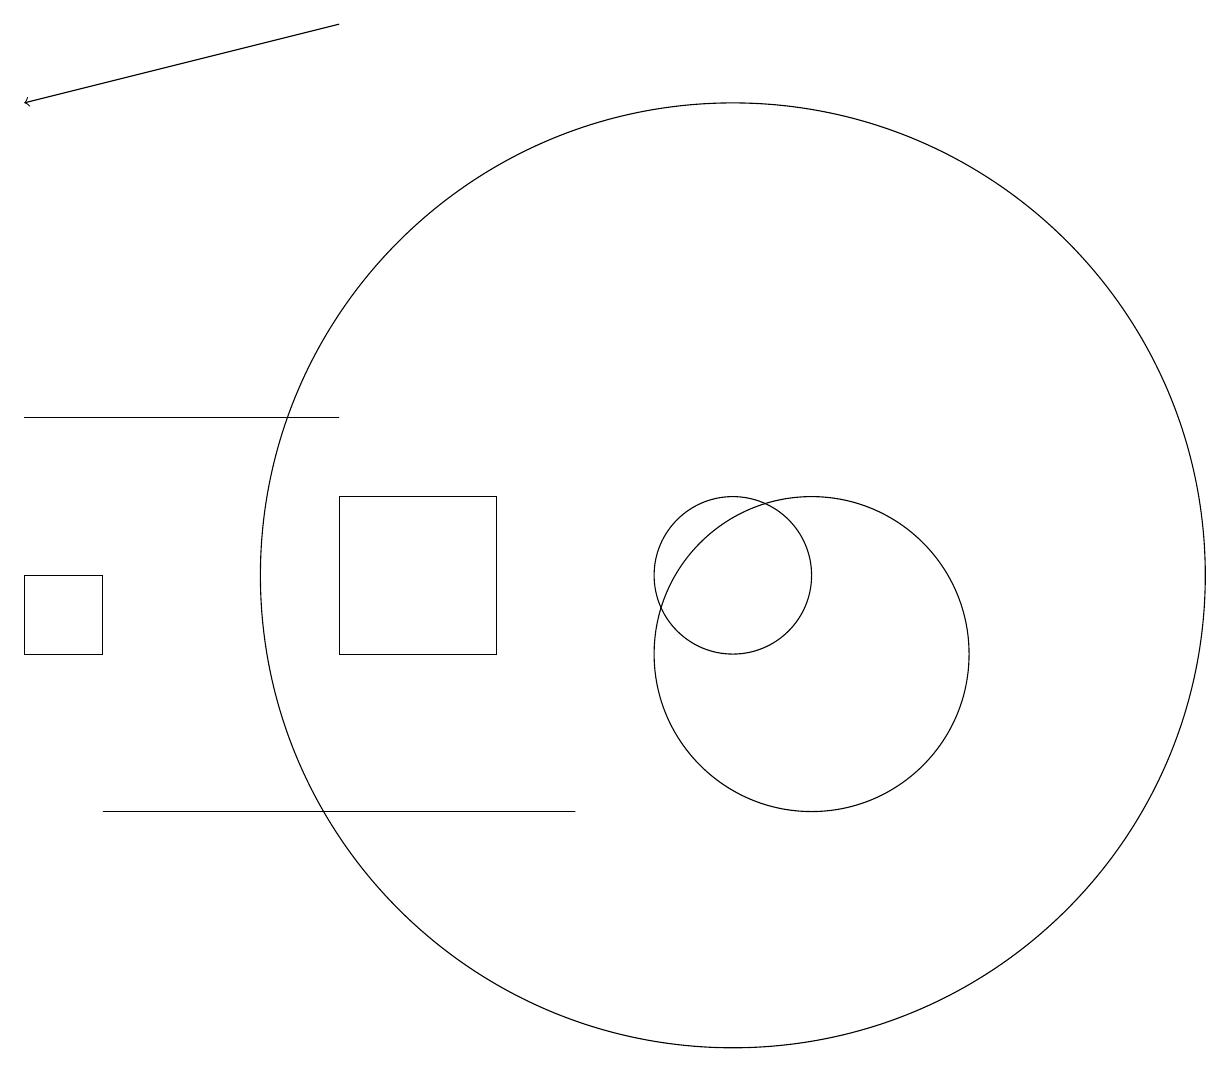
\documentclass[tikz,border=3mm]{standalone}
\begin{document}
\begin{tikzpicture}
\draw[->] (5,18) -- (1,17);
\draw (1,13) rectangle (5,13);
\draw (2,8) -- (6,8) -- (8,8) -- cycle;
\draw (10,11) circle (1);
\draw (2,11) rectangle (1,10);
\draw (10,11) circle (6);
\draw (5,10) rectangle (7,12);
\draw (11,10) circle (2);
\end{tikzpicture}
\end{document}